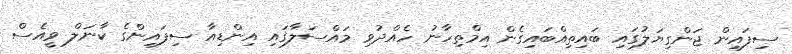
ސިފައިން ޖަންގިޔަލުގައި ބައިތިއްބައިގެން އިމްތިހާނު ހެއްދުވި މައްސަލާގައި އިންޑިއާ ސިފައިންގެ ކާނަލް ވީއެސް